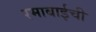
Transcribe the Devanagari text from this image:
रमाबाईची